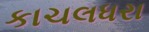
કાચલધરા